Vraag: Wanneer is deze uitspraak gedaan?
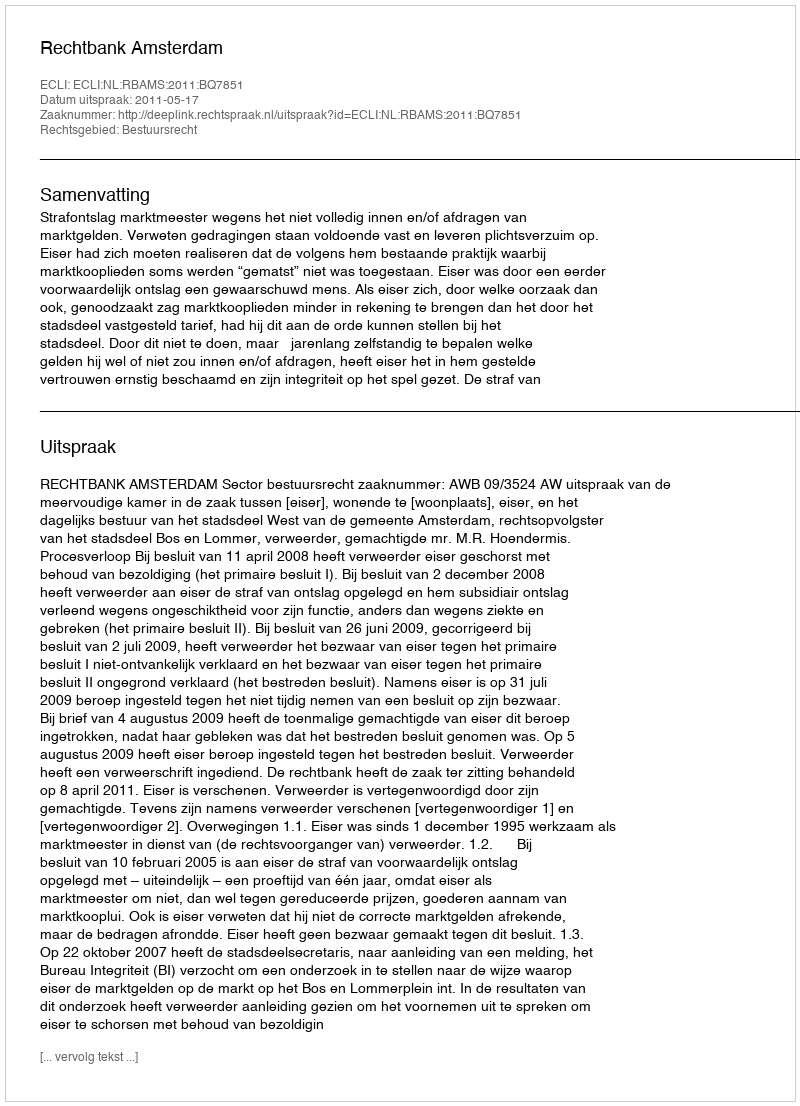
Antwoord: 2011-05-17